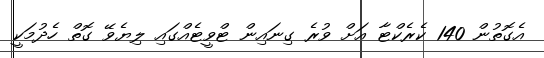
އެގޮތުން 140 ކެރެކްޓާ އަށް ވުރެ ގިނައިން ޓްވީޓެއްގައި ލިޔެވޭ ގޮތް ހެދުމަކީ